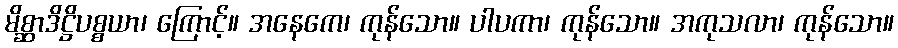
မိစ္ဆာဒိဋ္ဌိပစ္စယာ၊ ကြောင့်။ အနေကေ၊ ကုန်သော။ ပါပကာ၊ ကုန်သော။ အကုသလာ၊ ကုန်သော။